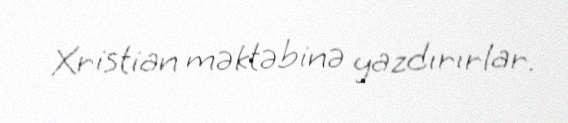
Xristian məktəbinə yazdırırlar.